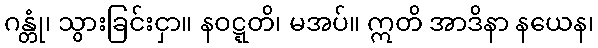
ဂန္တုံ၊ သွားခြင်းငှာ။ နဝဋ္ဋတိ၊ မအပ်။ ဣတိ အာဒိနာ နယေန၊